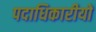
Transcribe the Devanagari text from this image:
पदाधिकारीयों